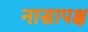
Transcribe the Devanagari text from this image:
नासापक्ष